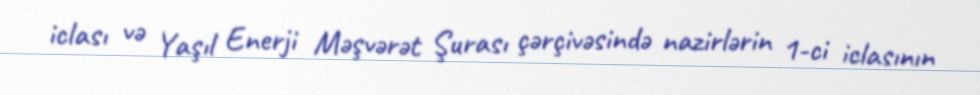
iclası və Yaşıl Enerji Məşvərət Şurası çərçivəsində nazirlərin 1-ci iclasının